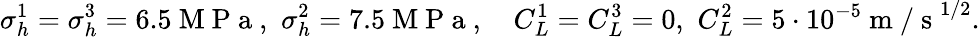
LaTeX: \sigma_{h}^{1}=\sigma_{h}^{3}=6.5\mathrm{~M~P~a~},\, \, \sigma_{h}^{2}=7.5\mathrm{~M~P~a~},\quad C_{L}^{1}=C_{L}^{3}=0,\, \, C_{L}^{2}=5\cdot 10^{-5}\mathrm{~m~/~s~}^{1/2}.